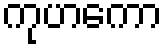
ကုဟကော